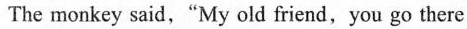
The monkey said,"My old friend,you go there